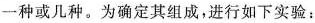
一种或几种。为确定其组成，进行如下实验：